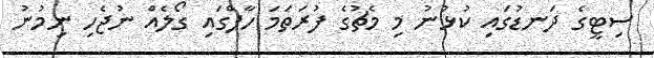
ސިޓީގެ ދަނޑުގައި ކުޅުނު މި މެޗުގެ ފުރަތަމަ ހާފްގައި ގޯލެއް ނުޖެހި ނިމުނު